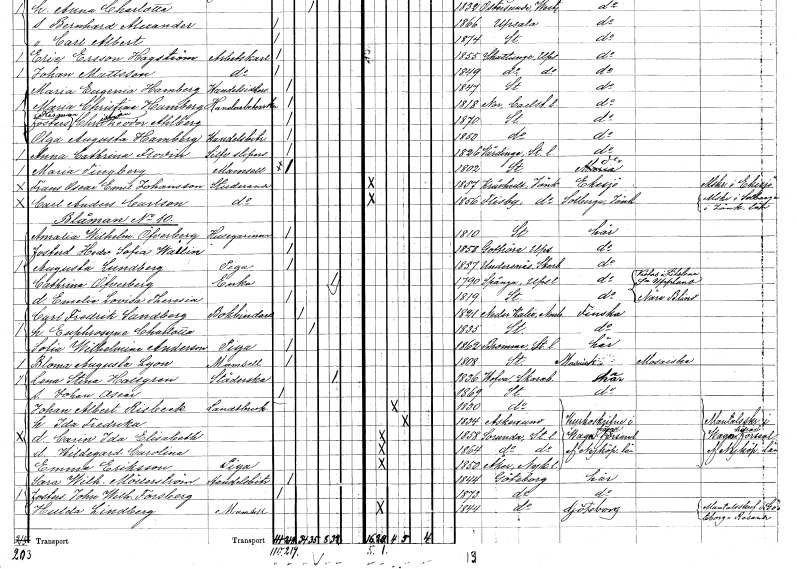
gt_parse: households: individuals: FN: Carl Anders
EN: Carlson
YRKE: Studerande
KON: M
CIV: O
FODAR: 1856
FODFORS: Flisby Jönköpings län
FN: Amalia Wilhelmina
EN: Öfverberg
YRKE: Husägarinna
KON: K
CIV: O
FODAR: 1810
FODFORS: Stockholm
FN: Hedvig Sofia
EN: Wallin
KON: K
CIV: O
FODAR: 1858
FODFORS: Gottröra Stockholms län
FN: Augusta
EN: Lundberg
YRKE: Piga
KON: K
CIV: O
FODAR: 1857
FODFORS: Undenäs Skaraborgs län
FN: Cathrina
EN: Öfverberg
YRKE: Änka
KON: K
CIV: E
FODAR: 1790
FODFORS: Spånga Stockholms län
FN: Emelie Lovisa Theresia
KON: K
CIV: O
FODAR: 1819
FODFORS: Stockholm
FN: Carl Fredrik
EN: Sandberg
YRKE: Bokbindare
KON: M
CIV: G
FODAR: 1821
FODFORS: Nederkalix Norrbottens län
FN: Euphrosyne Charlotta
KON: K
CIV: G
FODAR: 1835
FODFORS: Stockholm
FN: Sofia Wilhelmina
EN: Anderson
YRKE: Piga
KON: K
CIV: O
FODAR: 1862
FODFORS: Bromma Stockholms län
FN: Bloma Augusta
EN: Lyon
KON: K
CIV: O
FODAR: 1808
FODFORS: Stockholm
FN: Lena Stina
EN: Hallgren
YRKE: Städerska
KON: K
CIV: E
FODAR: 1836
FODFORS: Hova Skaraborgs län
FN: Johan Oscar
KON: M
CIV: O
FODAR: 1869
FODFORS: Stockholm
FN: Johan Albert
EN: Risbeck
YRKE: Lantbrukare
KON: M
CIV: G
FODAR: 1830
FODFORS: Stockholm
FN: Ida Fredrika
KON: K
CIV: G
FODAR: 1834
FODFORS: Askersund Örebro län
FN: Carin Ida Elisabeth
KON: K
CIV: O
FODAR: 1858
FODFORS: Sorunda Södermanlands län
FN: Hildegard Carolina
KON: K
CIV: O
FODAR: 1864
FODFORS: Sorunda Södermanlands län
FN: Emma
EN: Eriksson
YRKE: Piga
KON: K
CIV: O
FODAR: 1850
FODFORS: Åker Södermanlands län
FN: Sara Wilhelmina
EN: Möllerström
YRKE: Handelsbiträde
KON: K
CIV: O
FODAR: 1844
FODFORS: Göteborg Göteborgs- och Bohuslän
FN: John Wilhelm
EN: Forsberg
KON: M
CIV: O
FODAR: 1873
FODFORS: Göteborg Göteborgs- och Bohuslän
FN: Hulda
EN: Lindberg
KON: K
CIV: O
FODAR: 1844
FODFORS: Göteborg Göteborgs- och Bohuslän